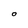
Character: O